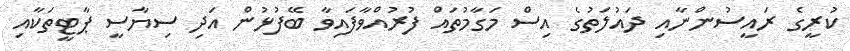
ކުރީގެ ރައީސުންނާއި ދައުލަތުގެ އިސް މަގާމުތައް ފުރުއްވާފައިވާ ބޭފުޅުން އަދި ސިޔާސީ ޕާޓީތަކާއި